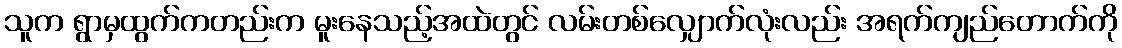
သူက ရွာမှထွက်ကတည်းက မူးနေသည့်အထဲတွင် လမ်းတစ်လျှောက်လုံးလည်း အရက်ကျည်တောက်ကို